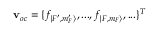
\mathbf { v } _ { o c } = \{ f _ { | F ^ { \prime } , m _ { F } ^ { \prime } \rangle } , . . . , f _ { | F , m _ { F } \rangle } , . . . \} ^ { T }